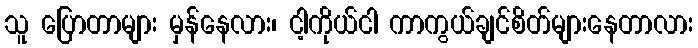
သူ ပြောတာများ မှန်နေလား၊ ငါ့ကိုယ်ငါ ကာကွယ်ချင်စိတ်များနေတာလား